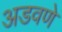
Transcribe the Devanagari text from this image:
अडवणे